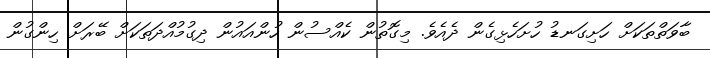
ބާވަތްތަކަށް ހަށިގަނޑު ހުށަހެޅިގެން ދެއެވެ. މިގޮތުން ކެއްސުން ހުންއައުން ދިގުމުއްދަތަކަށް ބޭރަށް ހިންގުން